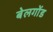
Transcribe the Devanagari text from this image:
बेलगोंड